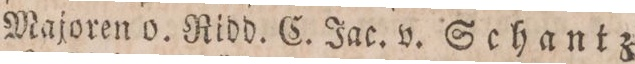
Majoren o. Ridd. C. Jac. v. Schantz